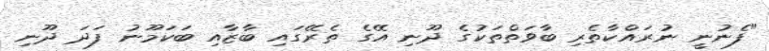
"ފެނުނީ ނުރައްކާތެރި ބާވަތްތަކުގެ ދޫނި އޭގެ ތެރޭގައި ބާާޒާއި ބަކަމޫނު ފަދަ ދޫނި